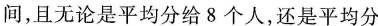
间，且无论是平均分给8个人，还是平均分